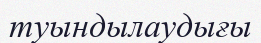
туындылаудығы